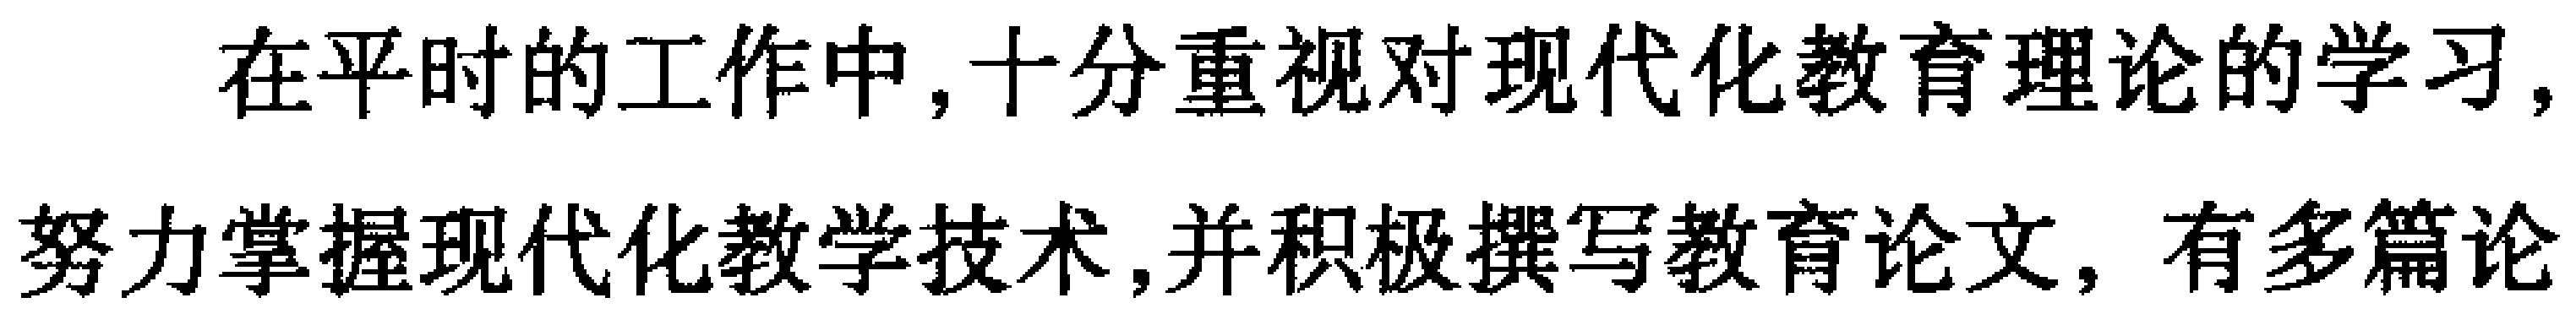
在平时的工作中,十分重视对现代化教育理论的学习,努力掌握现代化教学技术,并积极撰写教育论文, 有多篇论